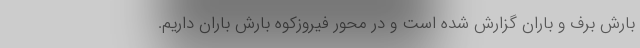
بارش برف و باران گزارش شده است و در محور فیروزکوه بارش باران داریم.